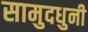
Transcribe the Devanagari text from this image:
सामुदधुनी